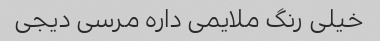
خیلی رنگ ملایمی داره مرسی دیجی